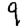
Digit: 9